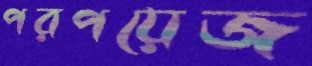
পরপয়েজ